Indian journal of veterinary science and animal husbandry - Volumes 24-25, 1954-1955
Year: 1954
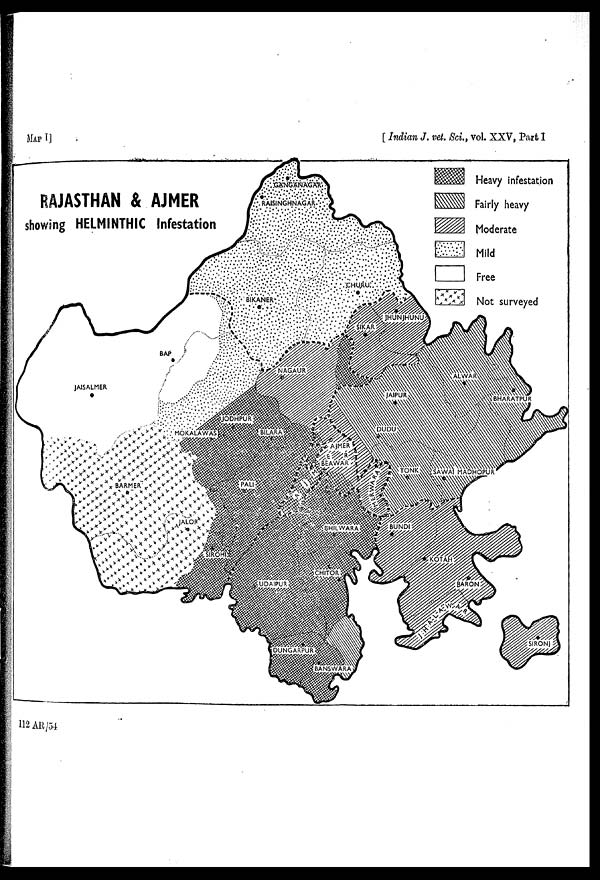
MAP I]
[Indian J. vet. Sci., vol. XXV, Part I
112 AR/54